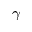
\gamma